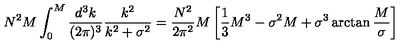
N ^ { 2 } M \int _ { 0 } ^ { M } { \frac { d ^ { 3 } k } { ( 2 \pi ) ^ { 3 } } } { \frac { k ^ { 2 } } { k ^ { 2 } + \sigma ^ { 2 } } } = { \frac { N ^ { 2 } } { 2 \pi ^ { 2 } } } M \left[ { \frac { 1 } { 3 } } M ^ { 3 } - \sigma ^ { 2 } M + \sigma ^ { 3 } \arctan { \frac { M } { \sigma } } \right]